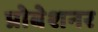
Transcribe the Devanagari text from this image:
प्रोबेशनर